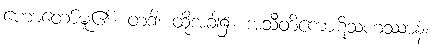
ဟောတော်မူ၏။ တဒါ၊ ထိုအခါ၌။ အသီတိကောဋိသဟဿာနံ၊